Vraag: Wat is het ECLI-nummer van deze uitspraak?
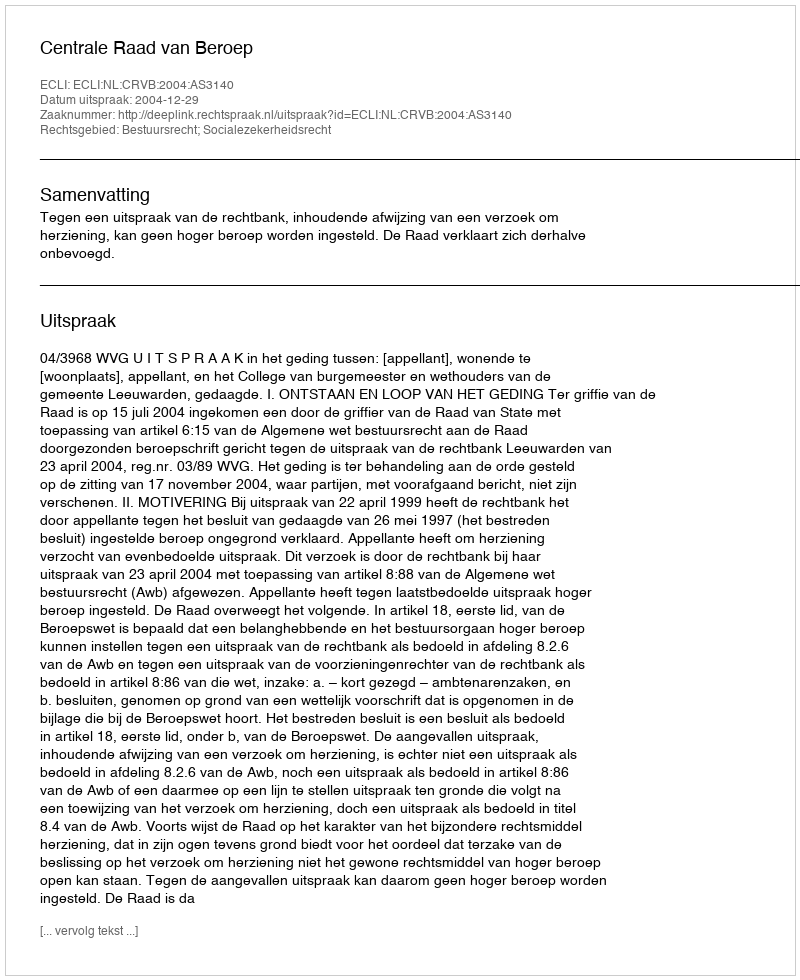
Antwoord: ECLI:NL:CRVB:2004:AS3140